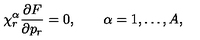
\chi _ { r } ^ { \alpha } \frac { \partial F } { \partial p _ { r } } = 0 , \qquad \alpha = 1 , \ldots , A ,